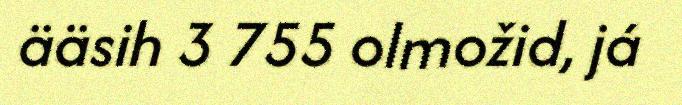
ääsih 3 755 olmožid, já